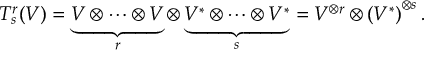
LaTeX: T _ { s } ^ { r } ( V ) = \underbrace { V \otimes \cdots \otimes V } _ { r } \otimes \underbrace { V ^ { * } \otimes \cdots \otimes V ^ { * } } _ { s } = V ^ { \otimes r } \otimes \left( V ^ { * } \right) ^ { \otimes s } .